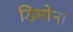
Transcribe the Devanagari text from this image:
डिमोना